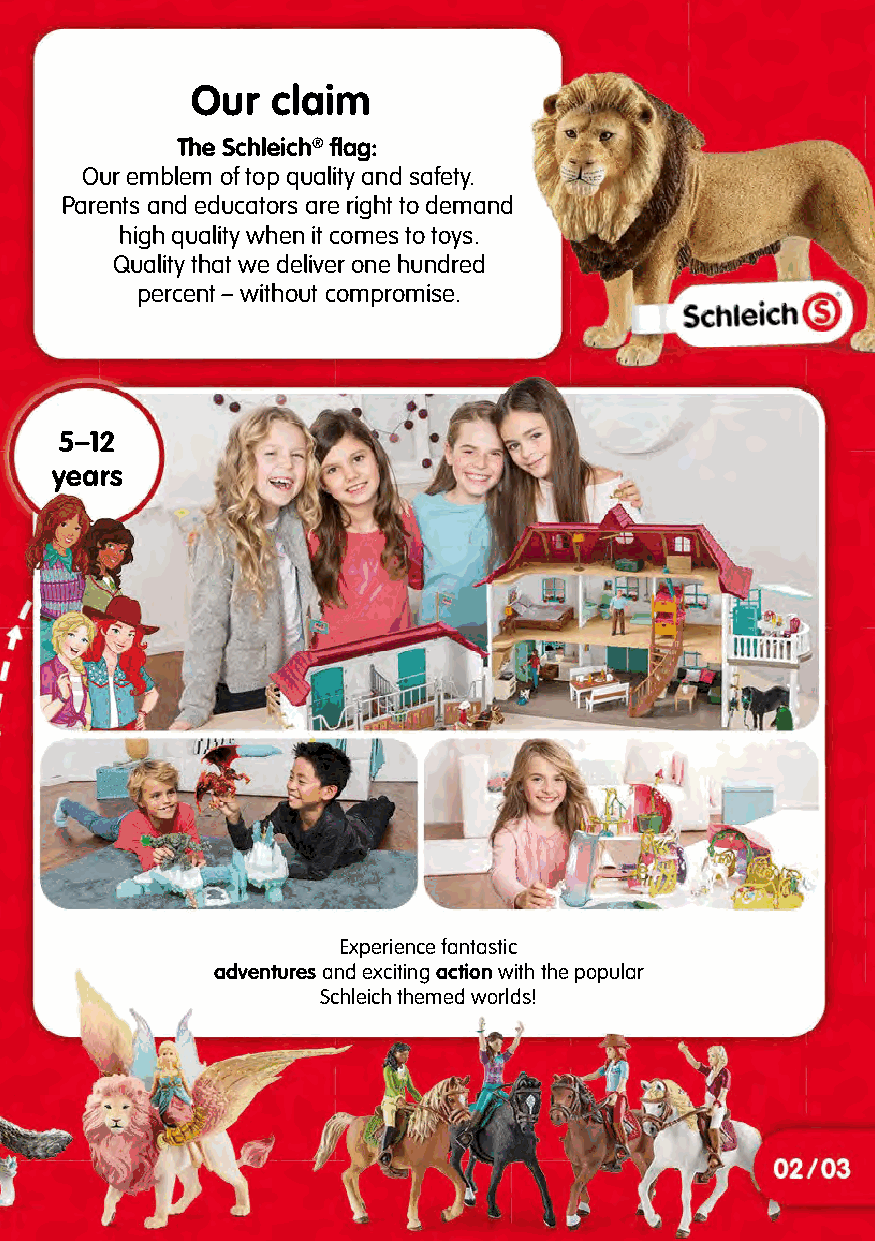
Our  claim
 The Schleich® flag:
 Our emblem of top quality and safety.
 Parents and educators are right to demand
 high quality when it comes to toys.
 Quality that we deliver one hundred
 percent – without compromise.
 5–12
 years
 Experience fantastic
 adventures and exciting action with the popular
 Schleich themed worlds!